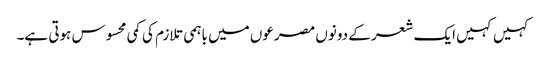
کہیں کہیں ایک شعر کے دونوں مصرعوں میں باہمی تلازم کی کمی محسوس ہوتی ہے۔